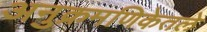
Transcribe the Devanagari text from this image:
अनुक्रमणिकेतले